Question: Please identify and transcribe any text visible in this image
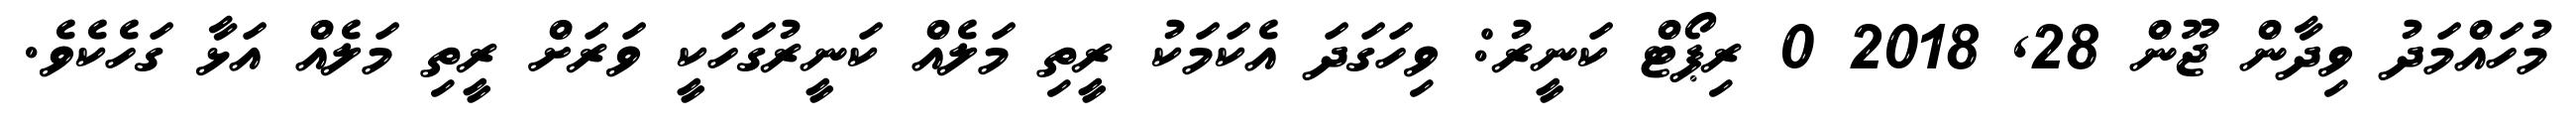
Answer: މުހައްމަދު ވިދާން ޖޫން 28, 2018 0 ރިޕޯޓް ކަނީރު: ވިހަގަދަ އެކަމަކު ރީތި މަލެއް ކަނީރުގަހަކީ ވަރަށް ރީތި މަލެއް އަޅާ ގަހެކެވެ.